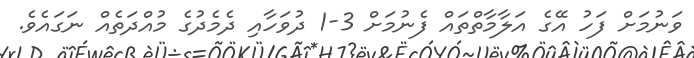
ވަނުމަށް ފަހު އޭގެ އަލާމާތްތައް ފެނުމަށް 3-1 ދުވަހާއި ދެމެދުގެ މުއްދަތެއް ނަގައެވެ.